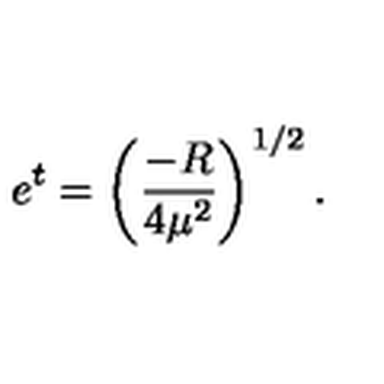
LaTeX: e ^ { t } = \left( \frac { - R } { 4 \mu ^ { 2 } } \right) ^ { 1 / 2 } .